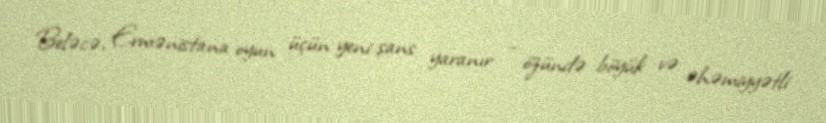
Beləcə, Ermənistana oyun üçün yeni şans yaranır - özündə böyük və əhəmiyyətli